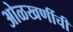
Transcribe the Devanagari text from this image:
ओळखणींची